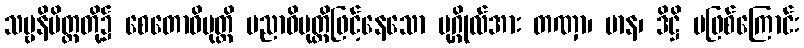
သဗ္ဗနိမိတ္တတို့၌ စေတောဝိမုတ္တိ ပညာဝိမုတ္တိဖြင့်နေသော ပုဂ္ဂိုလ်အား တဏှာ၊ မာန၊ ဒိဋ္ဌိ မဖြစ်ကြောင်း